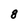
Character: 8